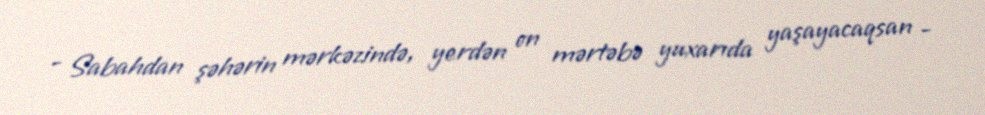
- Sabahdan şəhərin mərkəzində, yerdən on mərtəbə yuxarıda yaşayacaqsan -